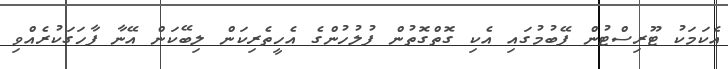
އެކަމަކު ޓޫރިސްޓުން ފޭބުމުގައި އެކި ގޮތްގޮތުން ފުލުހުންގެ އެހީތެރިކަން ލިބޭކަން އޭނާ ފާހަގަކުރެއްވި